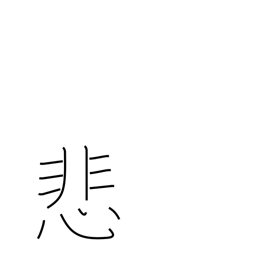
Meaning: deplore